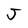
Character: J